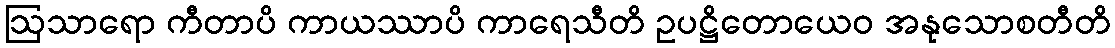
ဩသာရော ကီတာပိ ကာယဿာပိ ကာရေသီတိ ဥပဋ္ဌိတောယေဝ အနုသောစတီတိ